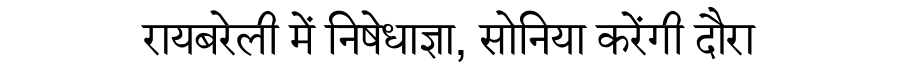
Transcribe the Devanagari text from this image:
रायबरेली में निषेधाज्ञा, सोनिया करेंगी दौरा